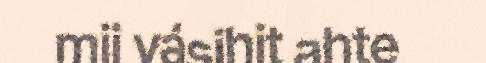
mii vásihit ahte